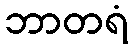
ဘာတရံ